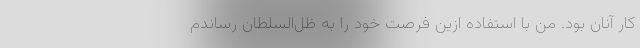
کار آنان بود. من با استفاده ازین فرصت خود را به ظل‌السلطان رساندم